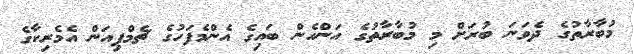
މުބާރާތުގެ ދެވަނަ ބުރަށް މި މުބާރާތުގެ އަންހެން ބައިގެ އެންމެފަހުގެ ޗެމްޕިއަން އެމެރިކާގެ